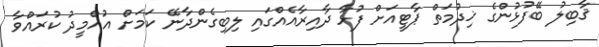
ޤާބިލު ބޭފުޅުންގެ ޚިދުމަތް ޕާޓީއަށް ފުޅާ ދާއިރާއެއްގައި ލިބިގެންދާނޭ ކަމަށް އުއްމީދު ކުރައްވާ